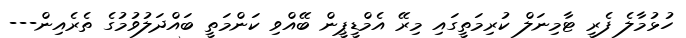
ހުޅުމާލެ ފެރީ ޓާމިނަލް ކުރިމަތީގައި މިރޭ އެމްޑީޕީން ބޭއްވި ކަންމަތީ ބައްދަލުވުމުގެ ތެރެއިން---